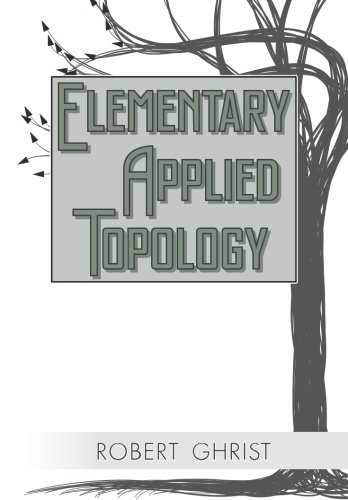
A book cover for Elementary Applied Topology; Robert Ghrist; Science & Math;